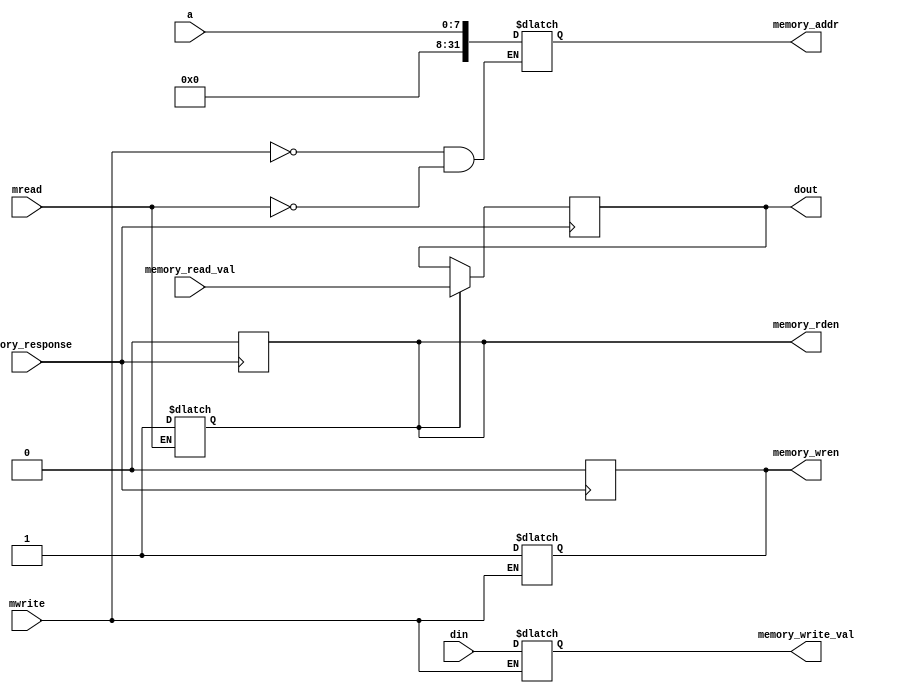
`ifndef __DATAMEMORY_V__
`define __DATAMEMORY_V__

module DataMemory # ( // synchronous memory with 256 32 - bit locations for data memory
	parameter S = 32, // size
	parameter L = 256 // length
	)	(
	input wire [$clog2(L)-1:0] a,
	output reg [S-1:0] dout,
	input wire [S-1:0] din,
	input wire mread,
	input wire mwrite,

	output reg [31:0] memory_addr,
	output reg memory_rden,
	output reg memory_wren,
	input wire [31:0] memory_read_val,
	output reg [31:0] memory_write_val,
	input wire memory_response
	);

	always @ (a)
	begin
		if (mread)
		begin
			memory_addr <= a;
			memory_rden <= 1'b1;
		end

		if (mwrite)
		begin
			memory_addr <= a;
			memory_wren <= 1'b1;
			memory_write_val <= din;
		end
	end

	always @ (posedge memory_response)
	begin
		if (memory_rden)
		begin
			dout <= memory_read_val;
			memory_rden <= 1'b0;
		end

		if (memory_wren)
		begin
			memory_wren <= 1'b0;
		end
	end

	endmodule

`endif /*__DATAMEMORY_V__*/